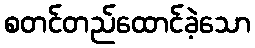
စတင်တည်ထောင်ခဲ့သော